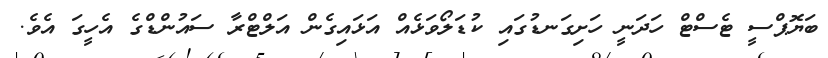
ބަޔޮޕްސީ ޓެސްޓް ހަދަނީ ހަށިގަނޑުގައި ކުޑަލޯވަޅެއް އަޅައިގެން އަލްޓްރާ ސައުންޑްގެ އެހީގަ އެވެ.